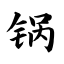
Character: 锅